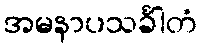
အမနာပသင်္ခါတံ